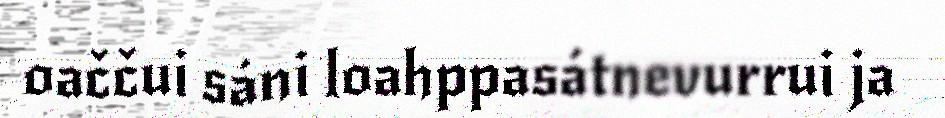
oaččui sáni loahppasátnevurrui ja